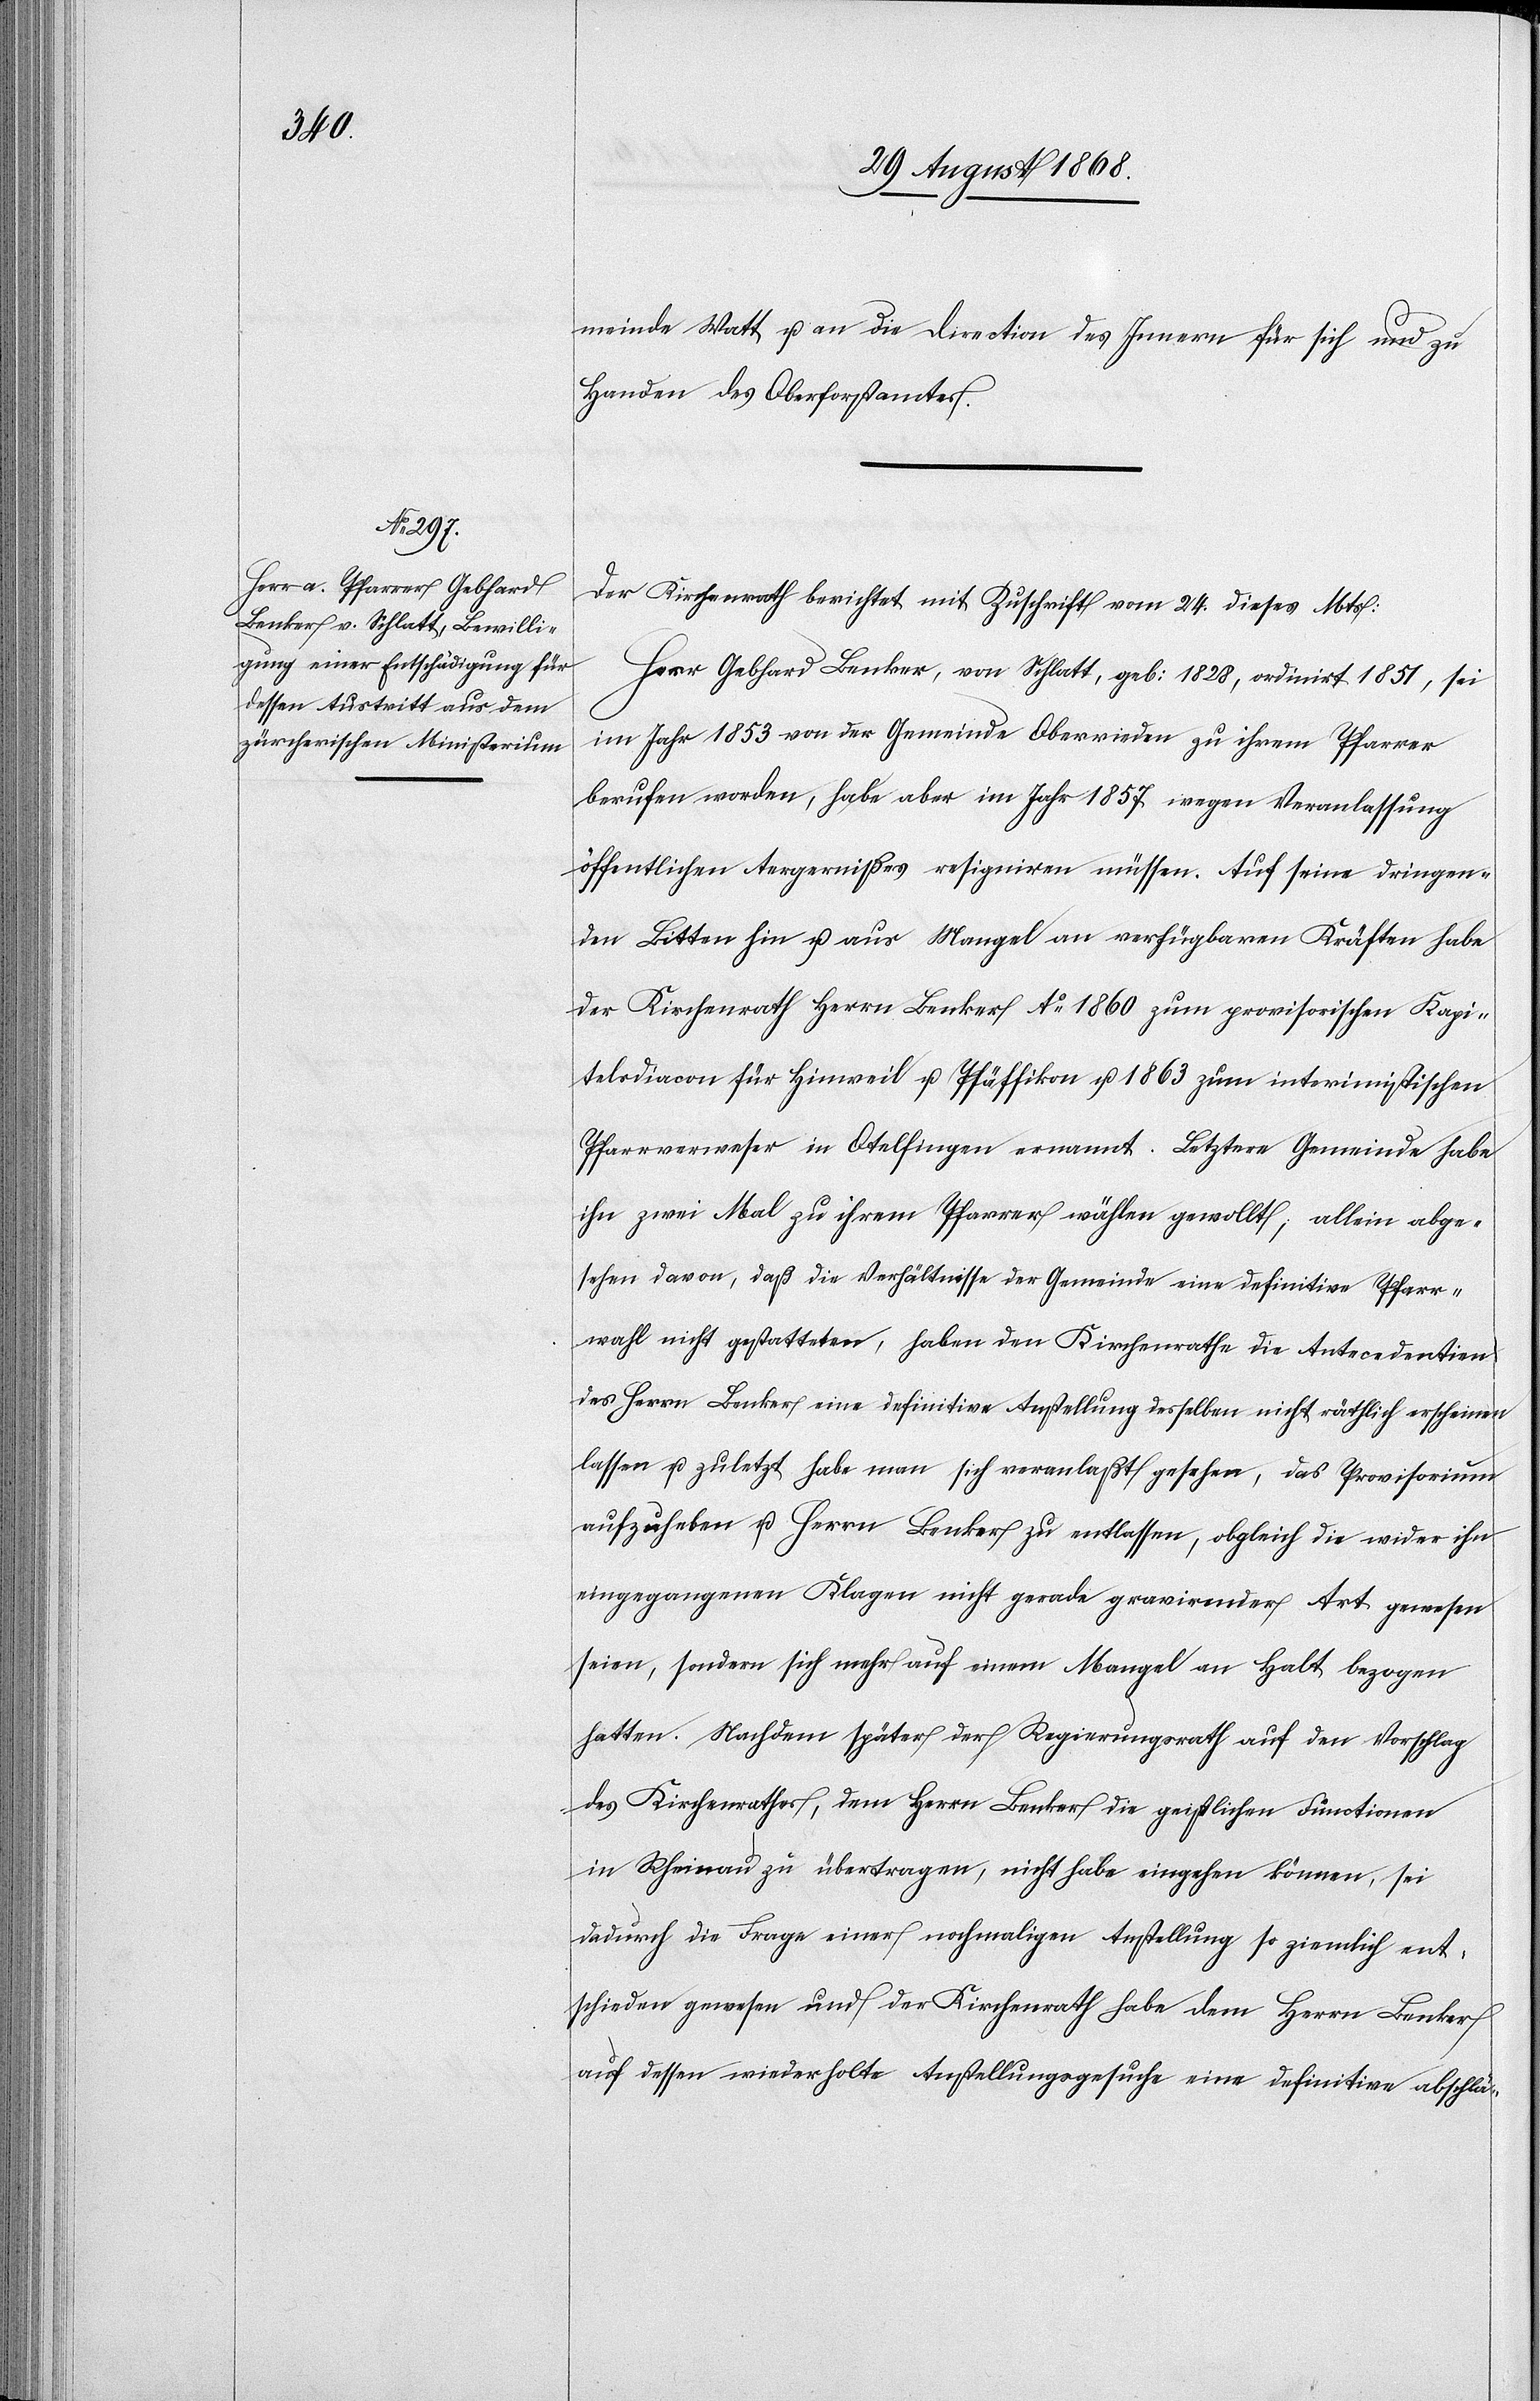
meinde Watt u. an die Direction des Innern für sich und zu
Handen des Oberforstamtes.
Der Kirchenrath berichtet mit Zuschrift vom 24. dieses Mts:
Herr Gebhard Benker, von Schlatt, geb: 1828, ordinirt 1851, sei
im Jahr 1853 von der Gemeinde Oberrieden zu ihrem Pfarrer
berufen worden, habe aber im Jahr 1857 wegen Veranlassung
öffentlichen Aergernißes resigniren müssen. Auf seine dringen¬
den Bitten hin u. aus Mangel an verfügbaren Kräften habe
der Kirchenrath Herrn Benker Ao 1860 zum provisorischen Kapi¬
telsdiacon für Hinweil u. Pfäffikon u. 1863 zum interimistischen
Pfarrverweser in Otelfingen ernannt. Letztere Gemeinde habe
ihn zwei Mal zu ihrem Pfarrer wählen gewollt; allein abge¬
sehen davon, daß die Verhältnisse der Gemeinde eine definitive Pfarr¬
wahl nicht gestatteten, haben den Kirchenrathe die Antecedentien
des Herrn Benker eine definitive Anstellung desselben nicht räthlich erscheinen
lassen u. zuletzt habe man sich veranlaßt gesehen, das Provisorium
aufzuheben u. Herrn Benker zu entlassen, obgleich die wider ihn
eingegangenen Klagen nicht gerade gravirender Art gewesen
seien, sondern sich mehr auf einem [sic!] Mangel an Halt bezogen
hatten. Nachdem später der Regierungsrath auf den Vorschlag
des Kirchenrathes, dem Herrn Benker die geistlichen Functionen
in Rheinau zu übertragen, nicht habe eingehen können, sei
dadurch die Frage einer nochmaligen Anstellung so ziemlich ent¬
schieden gewesen und der Kirchenrath habe dem Herrn Benker
auf dessen wiederholte Anstellungsgesuche eine definitive abschlä-